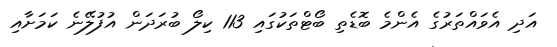
އަދި އެވައްތަރުގެ އެންމެ ބޮޑެތި ބޯޓްތަކުގައި 113 ކިލޯ ބުރަދަން އުފުލޭނެ ކަމަށާއި